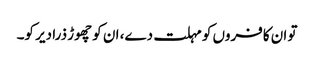
تو ان کافروں کو مہلت دے، ان کو چھوڑ ذرا دیر کو۔